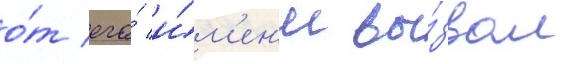
о́т его́ и́м'ен'и вы́звал